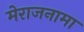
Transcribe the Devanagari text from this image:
मेराजनामा